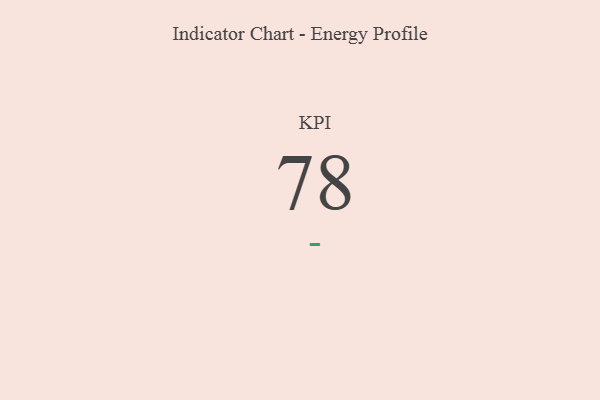
{"axis": {"x": "KPI", "y": "Value"}, "legend": [""], "data": [{"x": "KPI", "y": 78, "type": ""}]}